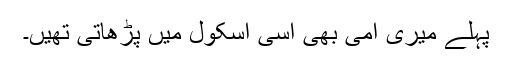
پہلے میری امی بھی اسی اسکول میں پڑھاتی تھیں۔